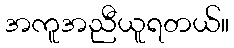
အကူအညီယူရတယ်။